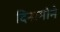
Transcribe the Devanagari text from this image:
दिनामोने